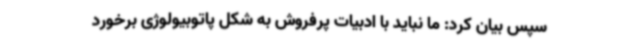
سپس بیان کرد: ما نباید با ادبیات پرفروش به شکل پاتوبیولوژی برخورد